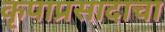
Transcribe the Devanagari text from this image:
कृपाप्रसादाचा